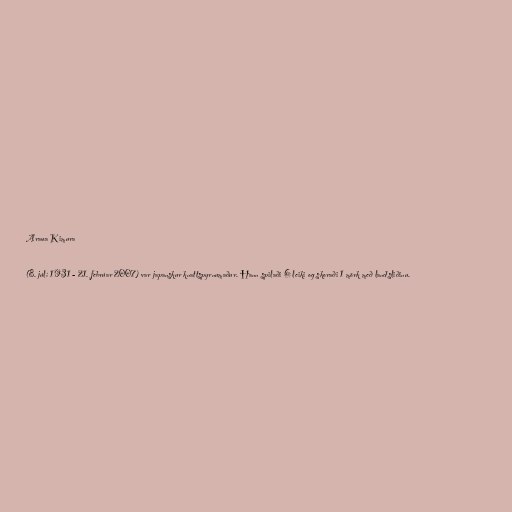
Arawa Kimura

(8. júlí 1931 - 21. febrúar 2007) var japanskur knattspyrnumaður. Hann spilaði 6 leiki og skoraði 1 mörk með landsliðinu.